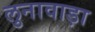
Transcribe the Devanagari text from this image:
लुनावाड़ा